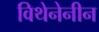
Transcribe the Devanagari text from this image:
विथेनेनीन